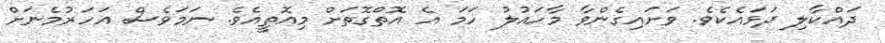
ދައްކާލި ދަޅައެކެވެ. ވަށައިގެންވާ މާހައުލު ހަމަ އެ އޮތްގޮތަށް މިއޮތީއެވެ. ނަމަވެސް އަހަރުމެނަށް